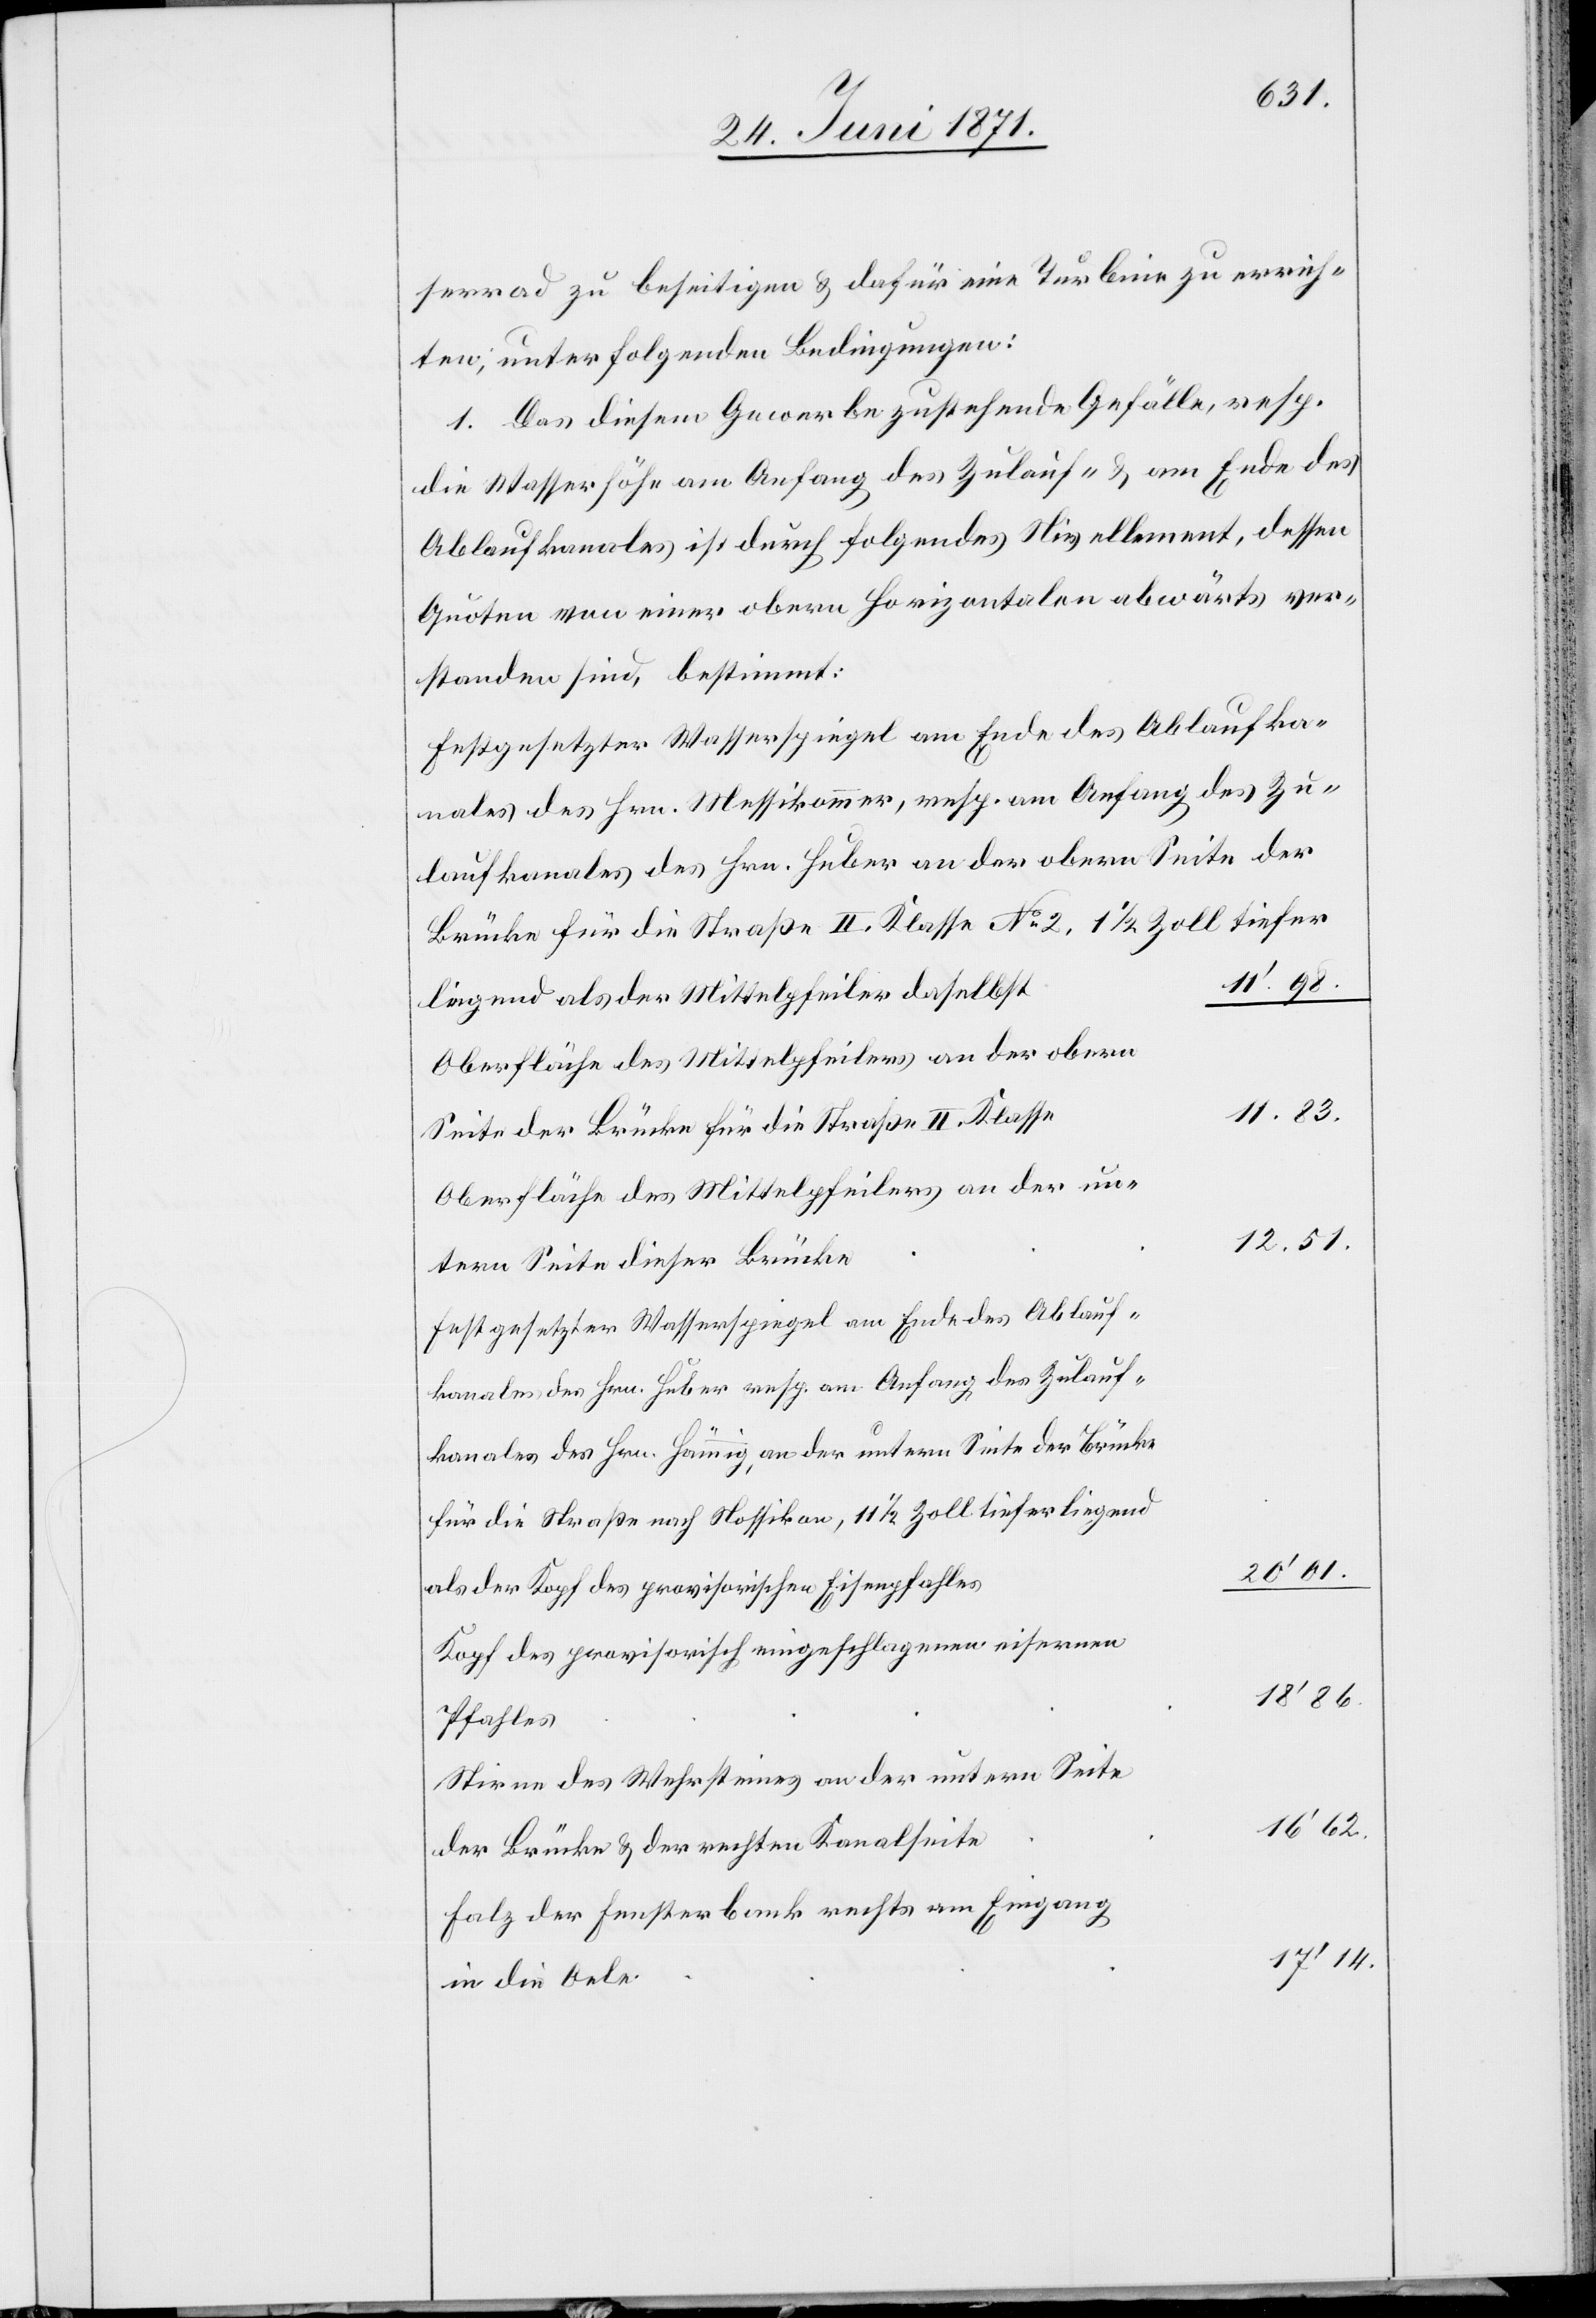
serrad zu beseitigen u. dafür eine Turbine zu errich¬
ten; unter folgenden Bedingungen:
1. Das diesem Gewerbe zustehende Gefälle, resp.
die Wasserhöhe am Anfang des Zulauf- u. am Ende des
Ablaufkanales ist durch folgendes Nivellement, dessen
Quoten von einer obern horizontalen abwärts ver¬
standen sind, bestimmt:
Festgesetzter Wasserspiegel am Ende des Ablaufka¬
nales des Hrn. Messikommer [sic!], resp. am Anfang des Zu¬
laufkanales des Hrn. Huber an der obern Seite der
tiefer
11‘.98.
liegend als der Mittelpfeiler daselbst
Oberfläche des Mittelpfeilers an der obern
11.83.
Seite der Brücke für die Straße II. Klasse
Oberfläche des Mittelpfeilers an der un¬
12.51.
tern Seite dieser Brücke
Festgesetzter Wasserspiegel am Ende des Ablauf¬
kanales des Hrn. Huber resp. am Anfang des Zulauf¬
kanales des Hrn. Hämmig, an der untern Seite der Brücke
für die Straße nach Nossikon, 11 1/2 Zoll tieferliegend
20’01.
als der Kopf des provisorischen Eisenpfahles
Kopf des provisorisch eingeschlagenen eisernen
18’86.
Pfahles
Stirne des Wehrsteines an der untern Seite
16’62.
der Brücke u. der rechten Kanalseite
Falz der Fensterbank rechts am Eingang
17’14.
in die Oele